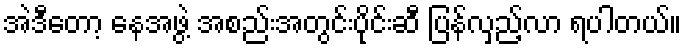
အဲဒီတော့ နေအဖွဲ့ အစည်းအတွင်းပိုင်းဆီ ပြန်လှည့်လာ ရပါတယ်။